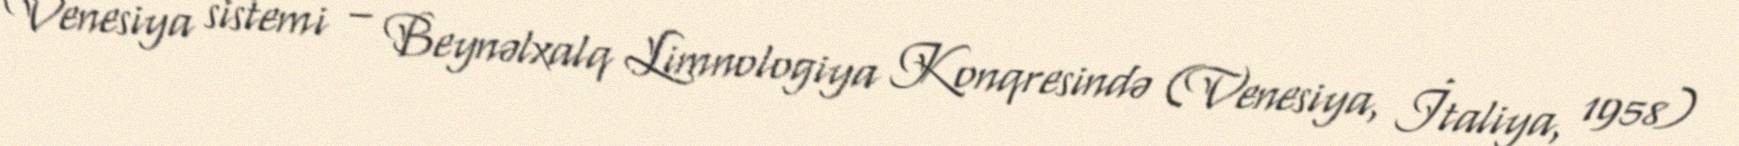
Venesiya sistemi – Beynəlxalq Limnologiya Konqresində (Venesiya, İtaliya, 1958)